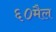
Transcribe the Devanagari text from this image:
६०मैल